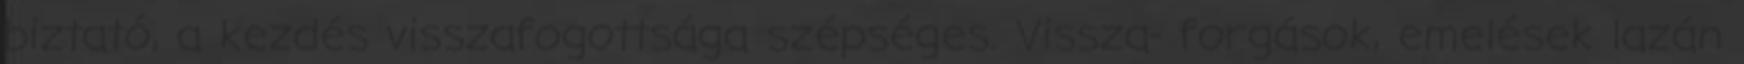
biztató, a kezdés visszafogottsága szépséges. Vissza- forgások, emelések lazán